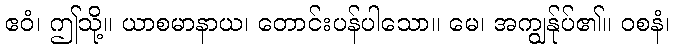
ဧဝံ၊ ဤသို့။ ယာစမာနာယ၊ တောင်းပန်ပါသော။ မေ၊ အကျွန်ုပ်၏။ ဝစနံ၊